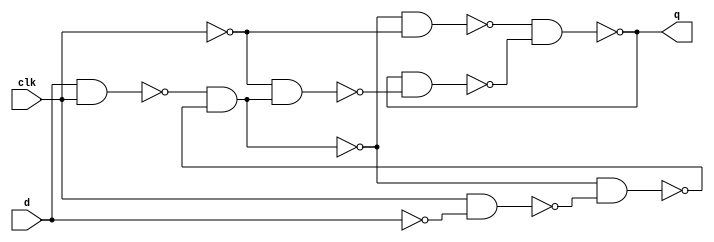
/* mdulo DLatch */

`ifndef _DLatch_
`define _DLatch_

module DLatch(q, d, clk);
    input d, clk;
    output q;
    wire qb, w1, w2, w3, w4, w5, w6, w7, w8, w9;

    nand nand1(w2, d, clk);
    nand nand2(w5, w2, w3);
    nand nand3(w4, clk, w1);
    nand nand4(w3, w5, w4);
    nand nand5(w8, w5, w7);
    nand nand6(q, w8, qb);
    nand nand7(w9, w7, w6);
    nand nand8(qb, q, w9);
    not not1(w1, d);
    not not2(w7, clk);
    not not3(w6, w5);

endmodule

`endif


/* mdulo Mux */

`ifndef _MUX_
`define _MUX_

module Mux(out, a, b, sel);
    input a, b, sel;
    wire  not_sel, a1, b1;
    output out;

    not not0(not_sel, sel);
    and and0(a1, a, not_sel);
    and and1(b1, sel, b);
    or  or0(out, a1, b1);

endmodule

`endif

/* mdulo Bit */

`ifndef _Bit_
`define _Bit_

module Bit(out, in, load, clk);

    output out;
    input in, load, clk;
    wire outMux;

    Mux mux0(outMux, out, in, load);

    DLatch dLatch0(out, outMux, clk);

endmodule

`endif